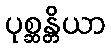
ပုစ္ဆန္တိယာ